Lunatic asylums Bombay report 1891-1903 - 1891-1903
Year: 1891
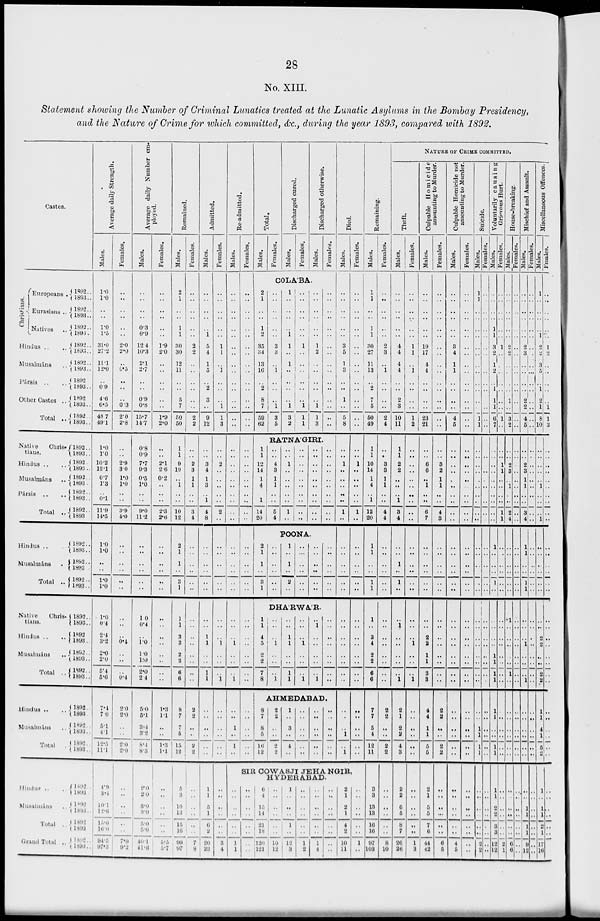
28
No. XIII.
Statement showing the Number of Criminal Lunatics treated at the Lunatic Asylums in the Bombay Presidency,
and the Nature of Crime for which committed, &c., during the year 1893, compared with 1892.
Castes.
Christians.
Europeans ..
Eurasians ..
Natives ..
Hindus . . . .
Musalmáns . .
Pársis
. . . .
Other Castes . .
Total . .
Native
Chris-
tiaus.
Hindus . . . .
Musalmáns . .
Pársis
. . . .
Total . .
Hindus . .
Musalmáns . .
Total . .
Native
Chris-
tians.
Hindus . . . .
Musalmáns . .
Total . .
Hindus . . . .
Musalmáns . .
Total . .
Hindus . . . .
Musalmáns . .
Total . .
Grand Total . .
1892 . .
1803 . .
1892 . .
1893 . .
1892 . .
1893 . .
1892 . .
1893 . .
1892 . .
1893 . .
1892 . .
1893 . .
1892 . .
1893 . .
1892 . .
1893 . .
1892 . .
1893 . .
1892 . .
1893 . .
1892..
1893 . .
1892..
1893 . .
1892 . .
1893
1892 ..
1893 . .
1892 . .
1893 . .
1892..
1893 . .
1892 . .
1893 . .
1892
1893 . .
1892 . .
1893 . .
1892..
1893
. .
1892 . .
1893 . .
1892 . .
1893 . .
1892 . .
1893 . .
1892 . .
1893 . .
1892 . .
1893 . .
1892 . .
1893 . .
1892 . .
1893 . .
Average daily Strength.
Males.
1.0
1.0
. .
. .
1.0
1.5
31.0
27.2
11.1
12.0
. .
0.9
4.6
6.5
48. 7
49.1
1.0
1.0
10.2
12.1
0.7
1.3
..
0.1
11.9
14.5
1.0
1.0
..
..
1.0
1.0
1.0
0.4
2.4
3.2
2.0
2.0
5.4
5.6
7.4
7.0
5.1
4.1
12.5
11 .4
4.9
3.4
10.1
12.6
13.0
16.0
94.5
97.3
Females.
. .
. .
. .
. .
. .
. .
2.0
2.0
. .
0.5
. .
. .
. .
0 3
2.0
2.8
..
..
2.9
3.0
1.0
1.0
..
..
3.9
4.0
..
..
..
..
..
. .
..
..
..
0.4
..
..
..
0.4
2 0
2.0
..
..
2.0
2.0
..
..
..
..
..
..
7.9
9.2
Average daily Number em-
ployed.
Males.
. .
. .
. .
. .
0.3
0.9
12.4
10.3
2.1
2.7
. .
. .
0.9
0.8
15.7
14.7
0.8
0.9
7.7
9.3
0.5
1.0
..
..
9.0
11.2
..
..
..
..
..
..
1 0
0.4
..
1.0
1.0
1.0
2.0
2 4
5.0
5.1
3.4
3.2
8. 1
8.3
2.0
2.0
3.0
3.0
5.0
5.0
40.1
41.6
Females.
..
..
..
..
..
..
1.9
2.0
..
..
..
..
..
..
1.9
2.0
..
..
2.1
2.6
0.2
..
..
..
2.3
2.6
..
..
..
..
..
..
..
. .
..
..
..
..
..
..
1.3
1.1
..
..
1.3
1.4
..
..
..
..
..
..
5.5
5.7
Remained.
Males.
2
1
..
..
1
1
30
30
12
11
..
..
5
7
50
50
1
1
9
10
..
1
..
..
10
12
2
1
1
..
3
1
1
1
3
3
2
2
6
6
8
7
7
5
15
12
Females.
..
..
..
..
..
..
2
2
..
..
..
..
..
..
2
2
..
..
2
3
1
1
..
..
3
4
..
..
..
..
..
..
..
..
..
..
..
..
..
..
2
2
..
..
2
2
5
3
10
13
15
16
99
97
..
..
..
..
..
..
7
8
Admitted.
Males.
..
..
..
..
..
1
5
4
1
5
..
2
3
..
9
12
..
..
3
4
1
3
..
1
4
8
..
..
..
..
..
..
..
..
1
1
..
..
1
1
..
..
..
..
..
..
1
1
5
1
6
2
20
23
Females.
..
..
..
..
..
..
1
1
..
1
..
..
..
1
1
3
..
..
2
..
..
..
..
..
2
..
..
..
..
..
..
..
..
..
..
1
..
..
..
1
..
..
..
..
..
..
..
..
..
..
..
..
3
4
Re-admitted.
Males.
..
..
..
..
..
..
..
..
..
..
..
..
..
..
..
..
..
..
..
..
..
..
..
..
..
..
..
..
..
..
..
..
..
..
..
1
..
..
..
1
..
..
1
..
..
..
Females.
..
..
..
..
..
..
..
..
..
..
..
..
..
..
..
..
..
..
..
..
..
..
..
..
..
..
..
..
..
..
..
..
..
..
..
. .
..
..
..
..
..
..
..
..
..
..
Total.
Males.
Females.
Discharged cured.
Males.
Females.
Discharged otherwise.
Males.
Females.
COLA'BA.
2
1
..
..
1
2
35
34
13
16
..
2
8
7
59
62
..
..
..
..
..
..
3
3
..
1
..
..
..
1
3
5
1
..
..
..
..
1
1
..
1
..
..
..
1
3
2
..
..
..
..
..
..
1
..
..
..
..
..
..
1
1
1
..
..
..
..
..
..
1
2
..
..
..
..
..
1
1
3
..
..
..
..
..
..
..
..
..
..
..
..
..
..
..
..
RATNA'GIRI.
1
1
12
14
1
4
..
1
14
20
..
..
4
3
1
1
..
5
4
..
..
1
..
..
..
..
..
1
..
..
..
..
..
..
..
..
..
..
..
..
..
..
..
..
..
..
..
..
..
..
..
..
..
..
..
..
..
..
..
Died.
Males.
..
..
..
..
..
..
3
5
1
3
..
..
1
..
5
8
..
..
1
..
..
..
..
..
1
..
Females.
.. ..
..
..
..
..
..
..
..
..
..
..
..
..
..
..
..
1
..
..
..
..
..
1
..
POONA.
2
1
1
..
3
1
..
..
..
..
..
..
1
..
1
..
2
..
..
..
..
..
..
..
..
..
..
..
..
..
..
..
..
..
..
..
..
..
..
..
..
..
DHA'RWA'R.
1
1
4
5
2
2
7
8
..
..
..
1
..
..
..
1
..
..
1
1
..
..
1
1
..
..
..
1
..
..
..
1
..
1
..
..
..
..
..
1
..
..
..
..
..
..
..
..
AHMEDABAD.
8
7
8
5
16
12
2
2
..
..
2
2
1
..
3
..
4
..
..
..
..
..
..
..
..
..
..
..
..
..
..
..
..
..
..
..
..
..
..
..
..
..
..
..
..
..
..
1
..
1
..
..
..
..
..
..
..
..
..
..
..
..
..
..
..
..
..
..
..
..
SIR COWASJI JEHANGIR ,
HYDERABAD.
..
..
..
..
..
..
1
1
..
..
..
..
..
..
..
..
6
1
15
14
21
18
120
121
..
..
..
..
..
..
10
12
1
..
..
..
1
..
12
3
..
..
..
..
..
..
1
2
..
..
..
..
..
..
1
4
..
..
..
..
..
..
..
..
2
1
2
1
4
2
10
11
..
..
..
..
..
..
1
..
Remaining.
Males.
1
1
..
..
1
1
30
27
11
13
..
2
7
5
50
49
1
1
10
14
1
4
..
1
12
20
1
1
..
..
1
1
1
..
3
4
2
2
6
6
7
7
5
4
12
11
3
3
13
13
16
16
97
103
Females.
..
..
..
..
..
..
2
3
..
1
..
..
..
..
2
4
..
..
3
3
1
1
..
..
4
4
..
..
..
..
..
..
..
..
..
..
..
..
..
..
2
2
..
..
2
2
..
..
..
..
..
..
8
10
NATURE
OF
CRIME
COMMITED.
Theft.
Males.
..
..
..
..
..
..
4
4
4
4
..
..
2
3
10
11
1
1
2
2
..
..
..
1
3
4
..
..
1
..
1
..
..
1
..
..
..
..
..
1
2
1
2
2
4
3
2
2
6
5
8
7
26
26
Females.
..
..
..
..
..
..
1
..1
..
1
..
..
..
..
1
2
..
..
..
..
..
..
..
..
..
..
..
..
..
..
..
..
..
..
..
1
..
..
..
1
..
..
..
..
..
..
..
..
..
..
..
..
1
3
Culpable Homicide
amounting to Murder.
Males.
..
..
..
..
..
..
19
17
4
4
..
..
..
..
23
21
..
..
6
6
..
1
..
..
6
7
..
..
..
..
..
..
..
..
2
2
1
1
3
3
4
4
1
1
5
5
2
1
5
5
7
6
44
42
Females.
..
..
..
..
..
..
..
..
..
..
..
..
..
..
..
..
..
..
3
2
1
1
..
..
4
3
..
..
..
..
..
..
..
..
..
..
..
..
..
..
2
2
..
..
2
2
. .
..
..
..
..
..
6
5
Culpable Homicide not
amounting to Murder.
Males.
..
..
..
..
..
..
3
4
1
1
..
..
..
..
4
5
..
..
..
..
..
..
..
..
..
..
..
..
..
..
..
..
..
..
..
..
..
..
..
..
..
..
..
..
..
..
. .
..
..
..
..
..
4
6
Females.
..
..
..
..
..
..
..
..
..
. .
..
..
..
..
..
..
..
..
..
..
..
..
..
..
..
..
..
..
..
..
..
..
..
..
..
..
..
..
..
..
..
..
..
..
..
..
..
..
..
..
..
..
..
..
Suicide.
Males.
1
1
..
..
..
..
..
..
..
. .
..
..
..
..
1
1
..
..
..
..
..
..
..
..
..
..
..
..
..
..
..
..
..
..
..
..
..
..
..
..
..
..
1
1
1
1
..
..
..
..
..
..
2
2
Females.
..
..
..
..
..
..
..
..
..
..
..
..
..
..
..
..
..
..
..
..
..
..
..
..
..
..
..
..
..
..
..
..
..
..
..
..
..
..
..
..
..
..
..
..
..
..
..
..
..
..
..
..
..
..
Voluntarily causing
Grievous Hurt.
Males.
..
..
..
..
1
1
3
2
1
2
..
..
1
1
6
7
..
..
..
..
..
..
..
..
..
..
..
..
..
..
..
..
..
..
..
..
1
1
1
1
1
..
..
1
1
1
1
2
2
3
3
12
12
Females.
..
..
..
..
..
..
1
..
..
..
..
..
..
..
1
..
..
..
1
1
..
..
..
..
1
1
..
..
..
..
..
..
..
..
..
..
..
..
..
..
..
..
..
..
..
..
..
..
..
..
..
..
2
1
House-breaking.
Males.
..
..
..
..
..
..
2
2
..
..
..
..
1
..
3
2
..
..
2
3
..
..
..
..
2
4
..
..
..
..
..
..
..
..
..
..
..
..
1
..
..
..
..
..
..
..
..
..
..
..
..
..
6
6
Females.
..
..
..
..
..
..
..
..
..
..
..
..
..
..
..
..
..
..
..
..
..
..
..
..
..
..
..
..
..
..
..
..
..
..
..
..
..
..
1
..
..
..
..
..
..
..
..
..
..
..
..
..
..
..
Mischief and Assault.
Males.
..
..
..
..
..
..
2
3
..
..
..
..
2
2
4
5
..
..
2
3
1
1
..
..
3
4
1
1
..
..
1
1
..
..
..
1
..
..
..
1
..
..
..
..
..
..
..
..
1
1
1
1
9
12
Females.
..
..
..
..
..
..
..
..
..
..
..
..
..
..
..
..
..
..
..
..
..
..
..
..
..
..
..
..
..
..
..
..
..
..
..
..
..
..
..
..
..
..
..
..
..
..
..
..
..
..
..
..
..
..
Miscellaneous Offences.
Males.
..
..
..
..
..
1
2
2
3
5
..
1
2
1
8
10
..
..
..
..
..
..
..
..
..
1
..
..
..
..
..
..
2
2
..
..
2
2
1
1
4
1
5
2
1
..
1
1
2
1
17
16
Females.
..
..
..
..
..
..
1
2
..
..
..
..
..
1
1
3
..
..
..
..
..
..
..
..
..
..
..
..
..
..
..
..
..
..
..
..
..
..
..
..
..
..
..
..
..
..
..
..
..
..
..
..
..